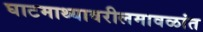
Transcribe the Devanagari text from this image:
घाटमाथ्यावरीलमावळांत